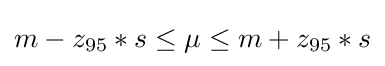
m-z_{95}*s\leq \mu \leq m+z_{95}*s